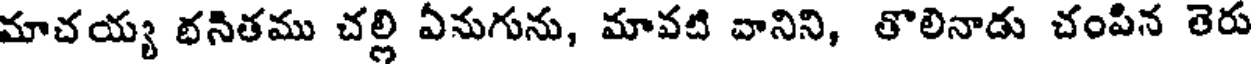
మాచయ్య భసితము చల్లి ఏనుగును, మావటి వానిని, తొలినాడు చంపిన తెరు